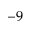
^ { - 9 }